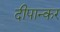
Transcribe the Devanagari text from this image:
दीपान्कर